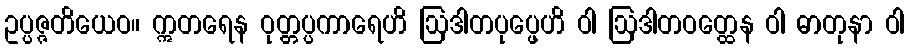
ဥပ္ပဇ္ဇတိယေဝ။ ဣတရေန ဝုတ္တပ္ပကာရေဟိ ဩဒါတပုပ္ဖေဟိ ဝါ ဩဒါတဝတ္ထေန ဝါ ဓာတုနာ ဝါ